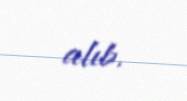
alıb.